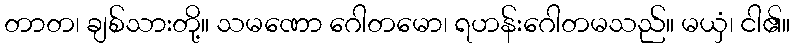
တာတ၊ ချစ်သားတို့။ သမဏော ဂေါတမော၊ ရဟန်းဂေါတမသည်။ မယှံ၊ ငါ၏။